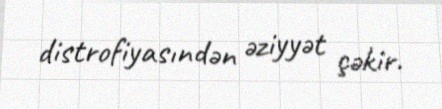
distrofiyasındən əziyyət çəkir.